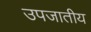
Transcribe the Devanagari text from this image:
उपजातीय